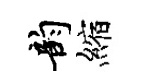
韵縮